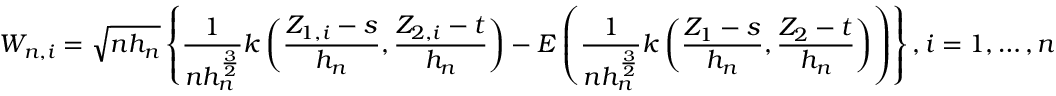
W _ { n , i } = \sqrt { n h _ { n } } \left\{ \frac { 1 } { n h _ { n } ^ { \frac { 3 } { 2 } } } k \left( \frac { Z _ { 1 , i } - s } { h _ { n } } , \frac { Z _ { 2 , i } - t } { h _ { n } } \right) - E \left( \frac { 1 } { n h _ { n } ^ { \frac { 3 } { 2 } } } k \left( \frac { Z _ { 1 } - s } { h _ { n } } , \frac { Z _ { 2 } - t } { h _ { n } } \right) \right) \right\} , i = 1 , \ldots , n